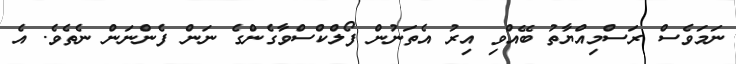
ނަމަވެސް ރަސްމިއްޔާތު ބޭއްވި އިރު އެތަނުން ފޯލްކްސްވާގެންގެ ނަން ފެންނަން ނެތެވެ. އެ